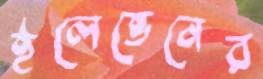
ইলেভেনের